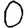
Digit: 0